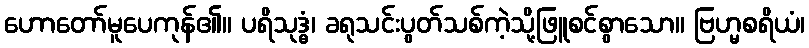
ဟောတော်မူပေကုန်၏။ ပရိသုဒ္ဓံ၊ ခရုသင်းပွတ်သစ်ကဲ့သို့ဖြူစင်စွာသော။ ဗြဟ္မစရိယံ၊